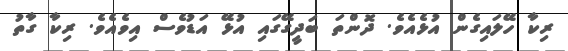
ރިކާ ހޭލައިގެން އުޅެއެވެ. ދޮންތަ ބަދީގޭގައި އުޅޭ އަޑުވެސް އިވެއެވެ. ރިކާ ގާތު